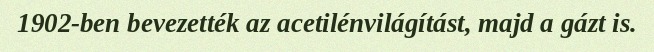
1902-ben bevezették az acetilénvilágítást, majd a gázt is.